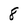
Character: 8